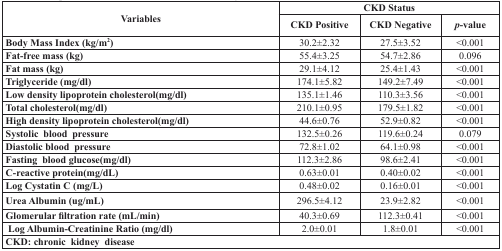
<table><thead><tr><td rowspan="2"><b>Variables</b></td><td colspan="3"><b>CKD Status</b></td></tr><tr><td><b>CKD Positive</b></td><td><b>CKD Negative</b></td><td><b><i>p</i>-value</b></td></tr></thead><tbody><tr><td><b>Body Mass Index (kg/m</b><sup>2</sup>)</td><td>30.2±2.32</td><td>27.5±3.52</td><td>&lt;0.001</td></tr><tr><td><b>Fat-free mass (kg)</b></td><td>55.4±3.25</td><td>54.7±2.86</td><td>0.096</td></tr><tr><td><b>Fat mass (kg)</b></td><td>29.1±4.12</td><td>25.4±1.43</td><td>&lt;0.001</td></tr><tr><td><b>Triglyceride (mg/dl)</b></td><td>174.1±5.82</td><td>149.2±7.49</td><td>&lt;0.001</td></tr><tr><td><b>Low density lipoprotein cholesterol(mg/dl)</b></td><td>135.1±1.46</td><td>110.3±3.56</td><td>&lt;0.001</td></tr><tr><td><b>Total cholesterol(mg/dl)</b></td><td>210.1±0.95</td><td>179.5±1.82</td><td>&lt;0.001</td></tr><tr><td><b>High density lipoprotein cholesterol(mg/dl)</b></td><td>44.6±0.76</td><td>52.9±0.82</td><td>&lt;0.001</td></tr><tr><td><b>Systolic blood pressure</b></td><td>132.5±0.26</td><td>119.6±0.24</td><td>0.079</td></tr><tr><td><b>Diastolic blood pressure</b></td><td>72.8±1.02</td><td>64.1±0.98</td><td>&lt;0.001</td></tr><tr><td><b>Fasting blood glucose(mg/dl)</b></td><td>112.3±2.86</td><td>98.6±2.41</td><td>&lt;0.001</td></tr><tr><td><b>C-reactive protein(mg/dL)</b></td><td>0.63±0.01</td><td>0.40±0.02</td><td>&lt;0.001</td></tr><tr><td><b>Log Cystatin C (mg/L)</b></td><td>0.48±0.02</td><td>0.16±0.01</td><td>&lt;0.001</td></tr><tr><td><b>Urea Albumin (ug/mL)</b></td><td>296.5±4.12</td><td>23.9±2.82</td><td>&lt;0.001</td></tr><tr><td><b>Glomerular filtration rate (mL/min)</b></td><td>40.3±0.69</td><td>112.3±0.41</td><td>&lt;0.001</td></tr><tr><td><b>Log Albumin-Creatinine Ratio (mg/dl)</b></td><td>2.0±0.01</td><td>1.8±0.01</td><td>&lt;0.001</td></tr><tr><td colspan="4"><b>CKD: chronic kidney disease</b></td></tr></tbody></table>